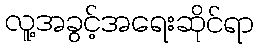
လူ့အခွင့်အရေးဆိုင်ရာ